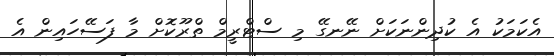
އެކަމަކު އެ ކުދިންނަކަށް ނޭނގޭ މި ސްޓްރީމް ތްރޫކޮށް މާ ފަސޭހައިން އެ